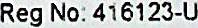
REG NO: 416123-U